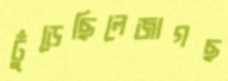
ঢুঁড়েছিলেজাগছ